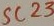
Text: SC23